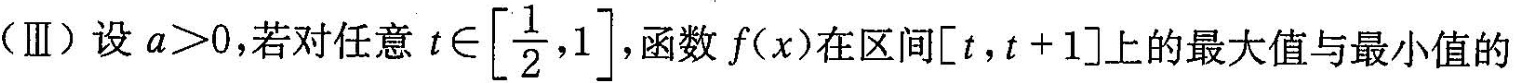
(Ⅲ)设$$a>0$$，若对任意 $$t \in \left[ \frac{1}{2},1 \right]$$ ,函数f(x)在区间$$\left[t，t+1\right]$$上的最大值与最小值的